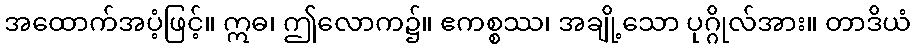
အထောက်အပံ့ဖြင့်။ ဣဓ၊ ဤလောက၌။ ဧကစ္စဿ၊ အချို့သော ပုဂ္ဂိုလ်အား။ တာဒိယံ